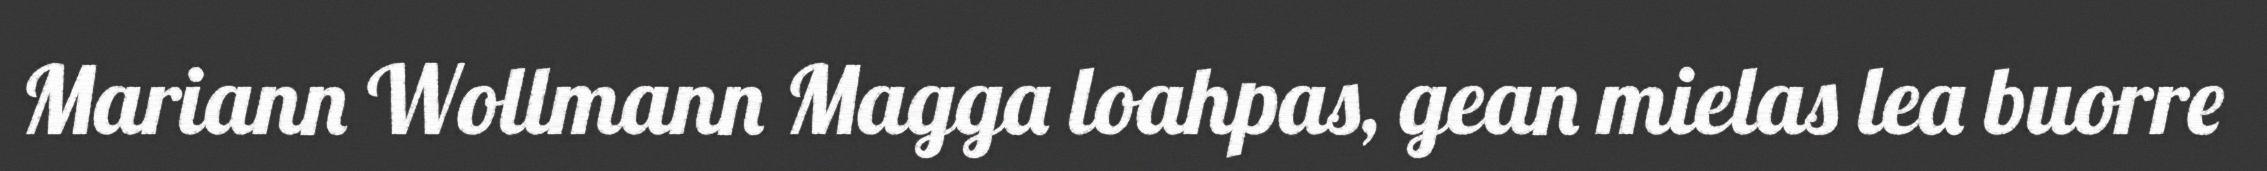
Mariann Wollmann Magga loahpas, gean mielas lea buorre